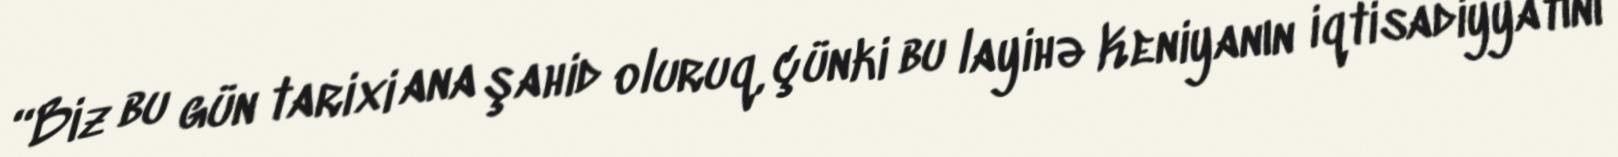
“Biz bu gün tarixi ana şahid oluruq, çünki bu layihə Keniyanın iqtisadiyyatını